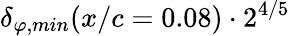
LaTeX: {\delta_{\varphi,min}(x/c=0.08)\cdot 2^{4/5}}